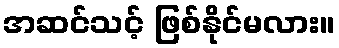
အဆင်သင့် ဖြစ်နိုင်မလား။